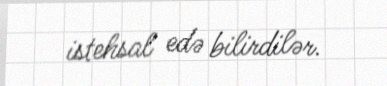
istehsal edə bilirdilər.